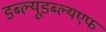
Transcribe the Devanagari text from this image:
डब्ल्यूडब्ल्यएफ